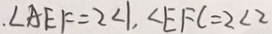
\angle A E F = 2 \angle 1 , \angle E F C = 2 \angle 2